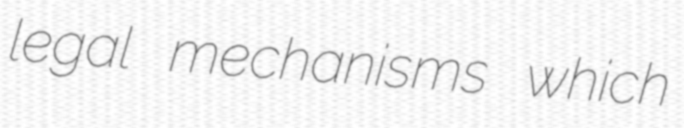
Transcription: legal mechanisms which